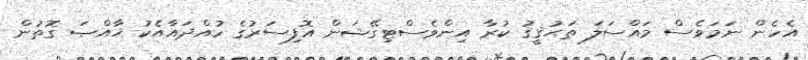
އެހެން ނަމަވެސް މައްސަލަ ތަޙުޤީޤު ކުރާ އިންވެސްޓިގޭޝަން އޮފިސަރުގެ ހުއްދައާއެކު ޚާއްޞަ ގޮތުން